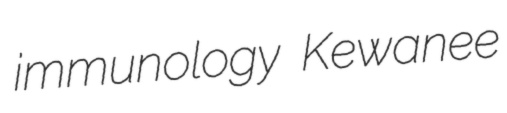
immunology Kewanee